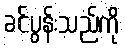
ခင်ပွန်းသည်ကို